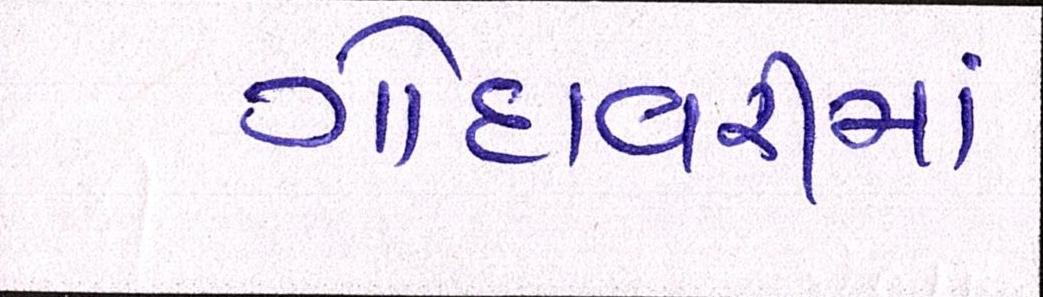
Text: ગોદાવરીમાં